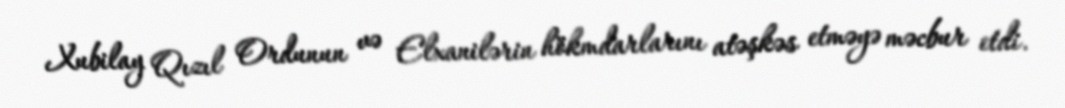
Xubilay Qızıl Ordunun və Elxanilərin hökmdarlarını atəşkəs etməyə məcbur etdi.